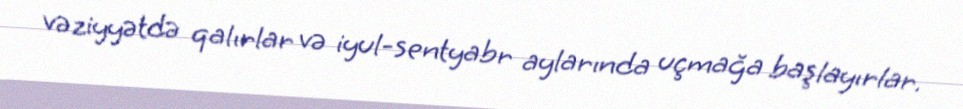
vəziyyətdə qalırlar və iyul-sentyabr aylarında uçmağa başlayırlar.